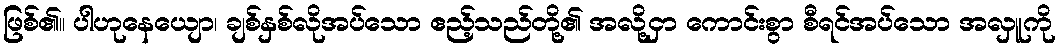
ဖြစ်၏။ ပါဟုနေယျော၊ ချစ်နှစ်လိုအပ်သော ဧည့်သည်တို့၏ အလို့ငှာ ကောင်းစွာ စီရင်အပ်သော အလှူကို